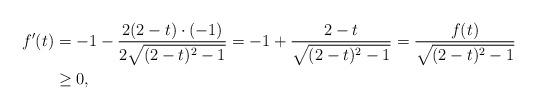
LaTeX: \begin{align*}f^\prime(t) &=-1-\frac{2(2-t) \cdot (-1)}{2\sqrt{(2-t)^2 - 1}} =-1+\frac{2-t}{\sqrt{(2-t)^2 - 1}} =\frac{f(t)}{\sqrt{(2-t)^2 - 1}} \\ &\geq0,\end{align*}